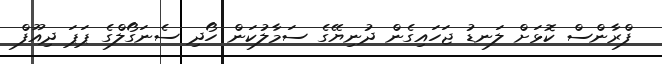
ފްރާންސް ކޮޅަށް ލަނޑު ޖަހައިގެން ދުނިޔޭގެ ސަމާލުކަން ހޯދި ސެނަގޯލްގެ ޕަޕަ ދިއޫފް